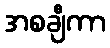
အစချီကာ